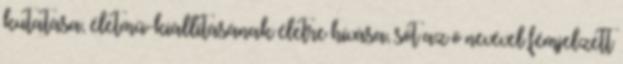
kutatása, életmű-kiállításának életre hívása, sőt az ő nevével fémjelzett